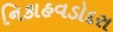
નિકાહવડોદરા